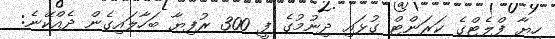
ހިޔާ ފްލެޓްގެ ކަރަންޓް ގުޅައި ދިނުމުގެ ފީ 300 ރުފިޔާ ބަހާލައިގެން ދެއްކޭނެ: